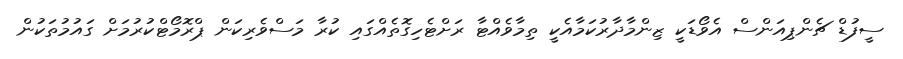
ސީފުޑް ޗެންޕިއަންސް އެވޯޑަކީ ޒިންމާދާރުކަމާއެކީ ތިމާވެއްޓާ ރަށްޓެހިގޮތެއްގައި ކުރާ މަސްވެރިކަން ޕްރޮމޯޓްކުރުމަށް ގައުމުތަކުން